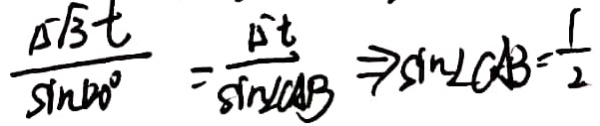
\frac { 1 5 \sqrt { 3 } t } { \sin 1 2 0 ^ { \circ } } = \frac { 1 5 t } { \sin \angle C A B } \Rightarrow \sin \angle C A B = \frac { 1 } { 2 }